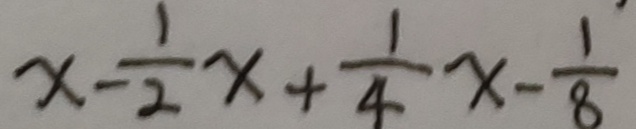
x - \frac { 1 } { 2 } x + \frac { 1 } { 4 } x - \frac { 1 } { 8 }